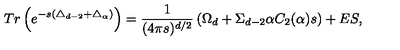
T r \left( e ^ { - s ( \triangle _ { d - 2 } + \triangle _ { \alpha } ) } \right) = { \frac { 1 } { ( 4 \pi s ) ^ { d / 2 } } } \left( \Omega _ { d } + \Sigma _ { d - 2 } \alpha C _ { 2 } ( \alpha ) s \right) + E S ,